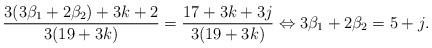
LaTeX: \begin{gather*}\frac{3(3\beta_1+2\beta_2)+3k+2}{3(19+3k)}=\frac{17+3 k+3j}{3(19+3k)}\Leftrightarrow3\beta_1+2\beta_2=5+j.\end{gather*}